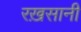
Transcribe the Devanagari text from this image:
रख़सानी